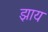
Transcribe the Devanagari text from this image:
झाय